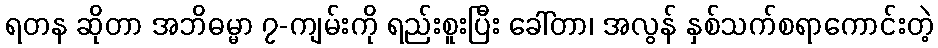
ရတန ဆိုတာ အဘိဓမ္မာ ၇-ကျမ်းကို ရည်းစူးပြီး ခေါ်တာ၊ အလွန် နှစ်သက်စရာကောင်းတဲ့